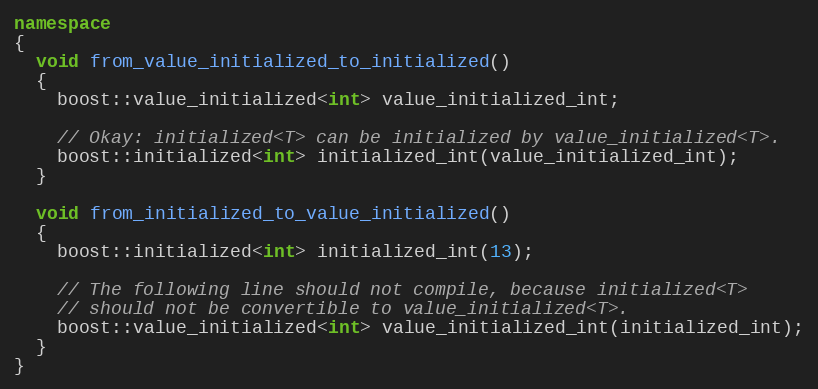
Language: C++
namespace
{
  void from_value_initialized_to_initialized()
  {
    boost::value_initialized<int> value_initialized_int;

    // Okay: initialized<T> can be initialized by value_initialized<T>.
    boost::initialized<int> initialized_int(value_initialized_int);
  }

  void from_initialized_to_value_initialized()
  {
    boost::initialized<int> initialized_int(13);

    // The following line should not compile, because initialized<T>
    // should not be convertible to value_initialized<T>.
    boost::value_initialized<int> value_initialized_int(initialized_int);
  }
}